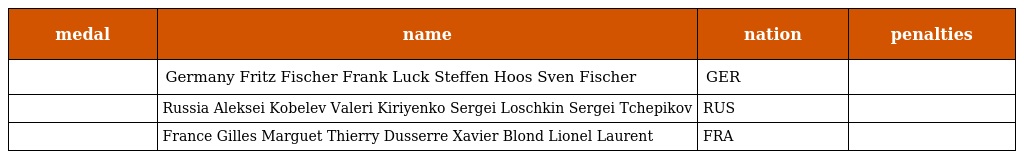
| medal | name | nation | penalties |
 | --- | --- | --- | --- |
 |  | Germany Fritz Fischer Frank Luck Steffen Hoos Sven Fischer | GER |  |
 |  | Russia Aleksei Kobelev Valeri Kiriyenko Sergei Loschkin Sergei Tchepikov | RUS |  |
 |  | France Gilles Marguet Thierry Dusserre Xavier Blond Lionel Laurent | FRA |  |